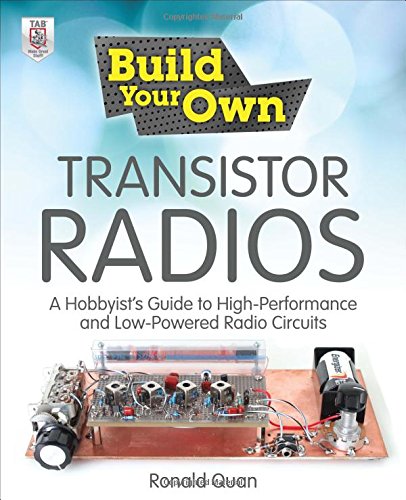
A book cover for Build Your Own Transistor Radios: A Hobbyist's Guide to High-Performance and Low-Powered Radio Circuits; Ronald Quan; Crafts, Hobbies & Home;